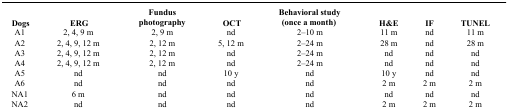
<table><thead><tr><td><b>Dogs</b></td><td><b>ERG</b></td><td><b>Fundus photography</b></td><td><b>OCT</b></td><td><b>Behavioral study (once a month)</b></td><td><b>H&amp;E</b></td><td><b>IF</b></td><td><b>TUNEL</b></td></tr></thead><tbody><tr><td>A1</td><td>2, 4, 9 m</td><td>2, 9 m</td><td>nd</td><td>2–10 m</td><td>11 m</td><td>nd</td><td>11 m</td></tr><tr><td>A2</td><td>2, 4, 9, 12 m</td><td>2, 12 m</td><td>5, 12 m</td><td>2–24 m</td><td>28 m</td><td>nd</td><td>28 m</td></tr><tr><td>A3</td><td>2, 4, 9, 12 m</td><td>2, 12 m</td><td>nd</td><td>2–24 m</td><td>nd</td><td>nd</td><td>nd</td></tr><tr><td>A4</td><td>2, 4, 9, 12 m</td><td>2, 12 m</td><td>nd</td><td>2–24 m</td><td>nd</td><td>nd</td><td>nd</td></tr><tr><td>A5</td><td>nd</td><td>nd</td><td>10 y</td><td>nd</td><td>10 y</td><td>nd</td><td>nd</td></tr><tr><td>A6</td><td>nd</td><td>nd</td><td>nd</td><td>nd</td><td>2 m</td><td>2 m</td><td>2 m</td></tr><tr><td>NA1</td><td>6 m</td><td>nd</td><td>nd</td><td>nd</td><td>nd</td><td>nd</td><td>nd</td></tr><tr><td>NA2</td><td>nd</td><td>nd</td><td>nd</td><td>nd</td><td>2 m</td><td>2 m</td><td>2 m</td></tr></tbody></table>